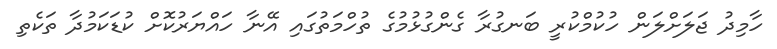
ހާމިދު ޖަލަށްލަން ހުކުމްކުރީ ބަނގުރާ ގެންގުޅުމުގެ ތުހްމަތުގައި އޭނާ ހައްޔަރުކޮށް ކުޑަކަމުދާ ތަކެތި